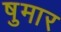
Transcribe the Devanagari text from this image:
षुमार